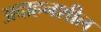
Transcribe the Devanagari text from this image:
अदाहनशील